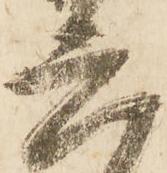
六